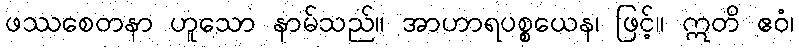
ဖဿစေတနာ ဟူသော နာမ်သည်။ အာဟာရပစ္စယေန၊ ဖြင့်။ ဣတိ ဧဝံ၊